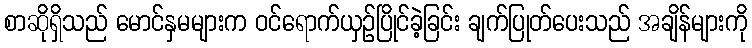
စာဆိုရှိသည် မောင်နှမများက ဝင်ရောက်ယှဉ်ပြိုင်ခဲ့ခြင်း ချက်ပြုတ်ပေးသည် အချိန်များကို